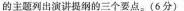
的主题列出演讲提纲的三个要点。(6分)